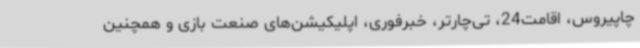
چاپیروس، اقامت24، تی‌چارتر، خبرفوری، اپلیکیشن‌های صنعت بازی و همچنین